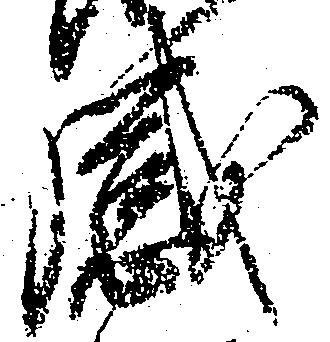
感